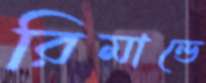
রিমান্ডে